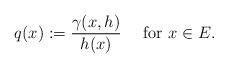
LaTeX: \begin{align*}q(x):=\frac{\gamma(x,h)}{h(x)}\quad\mbox{ for }x\in E.\end{align*}